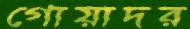
গোয়াদর